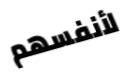
لأنفسهم